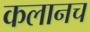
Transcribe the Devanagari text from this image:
कलानच